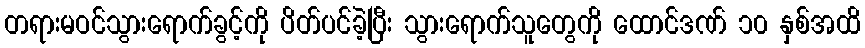
တရားမဝင်သွားရောက်ခွင့်ကို ပိတ်ပင်ခဲ့ပြီး သွားရောက်သူတွေကို ထောင်ဒဏ် ၁၀ နှစ်အထိ